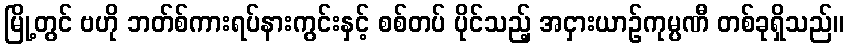
မြို့တွင် ဗဟို ဘတ်စ်ကားရပ်နားကွင်းနှင့် စစ်တပ် ပိုင်သည့် အငှားယာဉ်ကုမ္ပဏီ တစ်ခုရှိသည်။